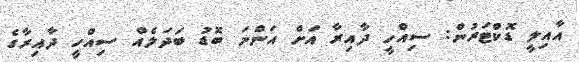
އާއިލީ ޑޮކްޓަރުން: ސިއްހީ ދާއިރާ އަށް އަންނަ ބޮޑު ބަދަލެއް ސިއްހީ ދާއިރާގެ